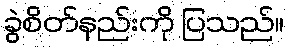
ခွဲစိတ်နည်းကို ပြသည်။